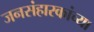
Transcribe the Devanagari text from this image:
जनसंहारकांच्या